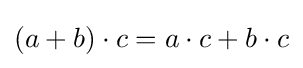
(a+b)\cdot c=a\cdot c+b\cdot c